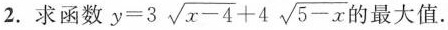
2.求函数 $$y=3 \sqrt{x-4}+4 \sqrt{5-x}$$ 的最大值。